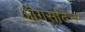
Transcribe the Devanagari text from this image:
ऑगसटिन